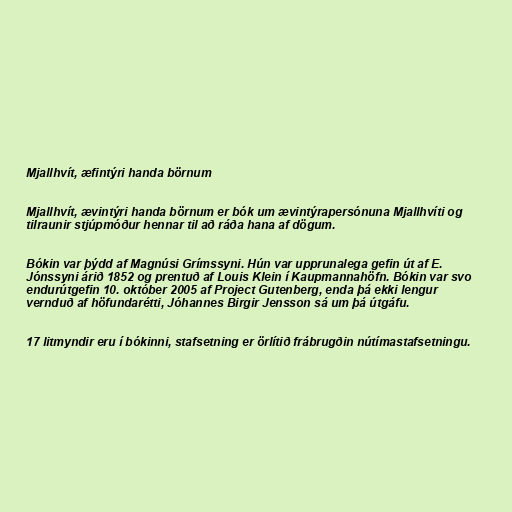
Mjallhvít, æfintýri handa börnum

Mjallhvít, ævintýri handa börnum er bók um ævintýrapersónuna Mjallhvíti og
tilraunir stjúpmóður hennar til að ráða hana af dögum.

Bókin var þýdd af Magnúsi Grímssyni. Hún var upprunalega gefin út af E.
Jónssyni árið 1852 og prentuð af Louis Klein í Kaupmannahöfn. Bókin var svo
endurútgefin 10. október 2005 af Project Gutenberg, enda þá ekki lengur
vernduð af höfundarétti, Jóhannes Birgir Jensson sá um þá útgáfu.

17 litmyndir eru í bókinni, stafsetning er örlítið frábrugðin nútímastafsetningu.